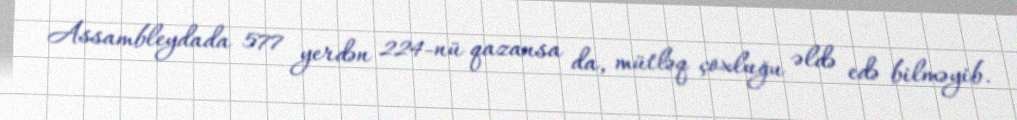
Assambleydada 577 yerdən 224-nü qazansa da, mütləq çoxluğu əldə edə bilməyib.